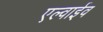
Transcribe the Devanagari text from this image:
एल्वाईव